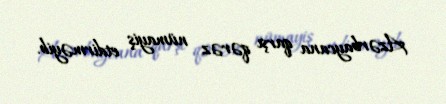
Azərbaycana qarşı qərəz nümayiş etdirməyib.